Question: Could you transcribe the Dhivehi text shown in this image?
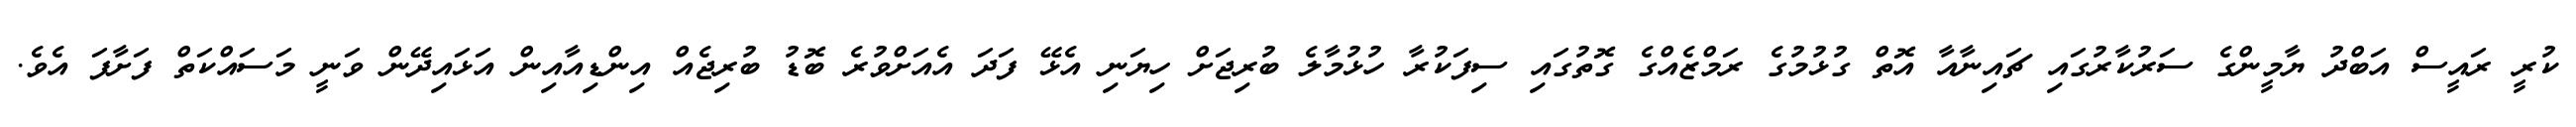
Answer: ކުރީ ރައީސް އަބްދު ޔާމީންގެ ސަރުކާރުގައި ޗައިނާއާ އޮތް ގުޅުމުގެ ރަމްޒެއްގެ ގޮތުގައި ސިފަކުރާ ހުޅުމާލެ ބުރިޖަށް ހިޔަނި އެޅޭ ފަދަ އެއަށްވުރެ ބޮޑު ބުރިޖެއް އިންޑިއާއިން އަޅައިދޭން ވަނީ މަސައްކަތް ފަށާފަ އެވެ.